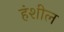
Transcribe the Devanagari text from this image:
हंशील